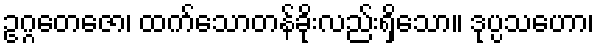
ဥဂ္ဂတေဇော၊ ထက်သောတန်ခိုးလည်းရှိသော။ ဒုပ္ပသဟော၊